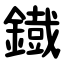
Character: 鐡